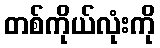
တစ်ကိုယ်လုံးကို